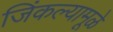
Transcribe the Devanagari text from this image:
जिंकल्यामूळे